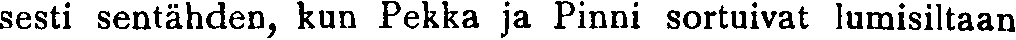
sesti sentähden, kun Pekka ja Pinni sortuivat lumisiltaan